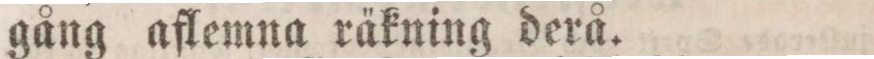
gång aflemna räkning derå.